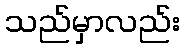
သည်မှာလည်း